Medical and sanitary report of the native army of Bengal for the year
Year: 1878
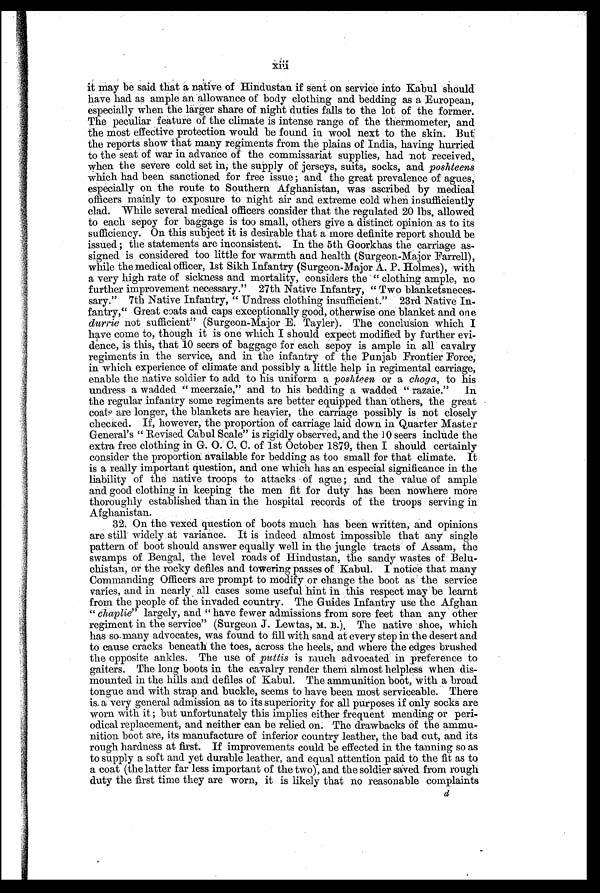
xiii
it may be said that a native of Hindustan if sent on service into Kabul should
have had as ample an allowance of body clothing and bedding as a European,
especially when the larger share of night duties falls to the lot of the former.
The peculiar feature of the climate is intense range of the thermometer, and
the most effective protection would be found in wool next to the skin. But
the reports show that many regiments from the plains of India, having hurried
to the seat of war in advance of the commissariat supplies, had not received,
when the severe cold set in, the supply of jerseys, suits, socks, and poshteens
which had been sanctioned for free issue ; and the great prevalence of agues,
especially on the route to Southern Afghanistan, was ascribed by medical
officers mainly to exposure to night air and extreme cold when insufficiently
clad. While several medical officers consider that the regulated 20 lbs. allowed
to each sepoy for baggage is too small, others give a distinct opinion as to its
sufficiency. On this subject it is desirable that a more definite report should be
issued ; the statements are inconsistent. In the 5th Goorkhas the carriage as-
- s i g n e d i s c o n s i d e r e d t o o l i t t l e f o r w a r m t h a n d h e a l t h ( S u r g e o n - M a j o r F a r r e l l ) ,
while the medical officer, 1st Sikh Infantry (Surgeon-Major A. P. Holmes), with
a very high rate of sickness and mortality, considers the "clothing ample, no
further improvement necessary." 27th Native Infantry, "Two blanketsneces
-sary." 7th Native Infantry, "Undress clothing insufficient." 23rd Native In-
fantry, "Great coats and caps exceptionally good, otherwise one blanket and one
durrie not sufficient" (Surgeon-Major E. Tayler). The conclusion which I
have come to, though it is one which I should expect modified by further evi
- d e n c e , i s t h i s , t h a t 1 0 s e e r s o f b a g g a g e f o r e a c h s e p o y i s a m p l e i n a l l c a v a l r y
regiments in the service, and in the infantry of the Punjab Frontier Force,
in which experience of climate and possibly a little help in regimental carriage,
enable the native soldier to add to his uniform a poshteen or a choga, to his
undress a wadded "meerzaie," and to his bedding a wadded "razaie." In
the regular infantry some regiments are better equipped than others, the great
coats are longer, the blankets are heavier, the carriage possibly is not closely
checked. If, however, the proportion of carriage laid down in Quarter Master
General's "Revised Cabul Scale" is rigidly observed, and the 10 seers include the
extra free clothing in G. O . C. C. of 1st October 1879, then I should certainly
consider the proportion available for bedding as too small for that climate. It
is a really important question, and one which has an especial significance in the
liability of the native troops to attacks of ague ; and the value of ample
and good clothing in keeping the men fit for duty has been nowhere more
thoroughly established than in the hospital records of the troops serving in
Afghanistan.
32. On the vexed question of boots much has been written, and opinions
are still widely at variance. It is indeed almost impossible that any single
pattern of boot should answer equally well in the jungle tracts of Assam, the
swamps of Bengal, the level roads of Hindustan, the sandy wastes of Belu
-chistan, or the rocky defiles and towering passes of Kabul. I notice that many
Commanding Officers are prompt to modify or change the boot as the service
varies, and in nearly all cases some useful hint in this respect may be learnt
from the people of the invaded country. The Guides Infantry use the Afghan
" chaplie" l a r g e l y , a n d " h a v e f e w e r a d m i s s i o n s f r o m s o r e f e e t t h a n a n y o t h e r
regiment in the service" (Surgeon J. Lewtas, M. B.). The native shoe, which
has so many advocates, was found to fill with sand at every step in the desert and
to cause cracks beneath the toes, across the heels, and where the edges brushed
the opposite ankles. The use of puttis is much advocated in preference to
gaiters. The long boots in the cavalry render them almost helpless when dis
-mounted in the hills and defiles of Kabul. The ammunition boot, with a broad
tongue and with strap and buckle, seems to have been most serviceable. There
is, a very general admission as to its superiority for all purposes if only socks are
worn with it ; but unfortunately this implies either frequent mending or per
i-odical replacement, and neither can be relied on. The drawbacks of the ammu
-nition boot are, its manufacture of inferior country leather, the bad cut, and its
rough hardness at first. If improvements could be effected in the tanning so as
to supply a soft and yet durable leather, and equal attention paid to the fit as to
a coat (the latter far less important of the two), and the soldier saved from rough
duty the first time they are worn, it is likely that no reasonable complaints